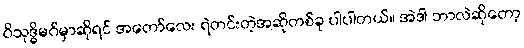
ဝိသုဒ္ဓိမဂ်မှာဆိုရင် အတော်လေး ရဲတင်းတဲ့အဆိုတစ်ခု ပါပါတယ်။ အဲဒါ ဘာလဲဆိုတော့